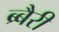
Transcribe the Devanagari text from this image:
ब्र्बैरी